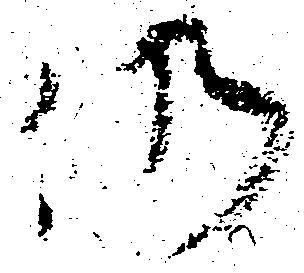
仍